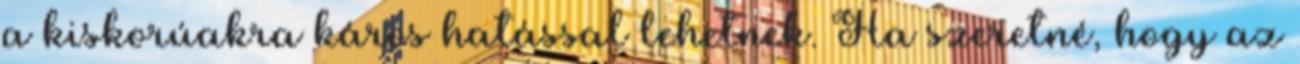
a kiskorúakra káros hatással lehetnek. Ha szeretné, hogy az